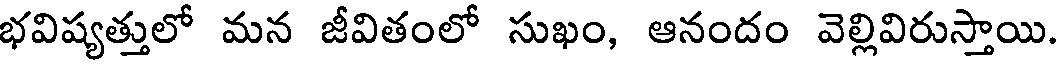
భవిష్యత్తులో మన జీవితంలో సుఖం, ఆనందం వెల్లివిరుస్తాయి.